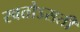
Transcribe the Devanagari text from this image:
स्वतोऽसती